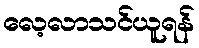
လေ့လာသင်ယူရန်